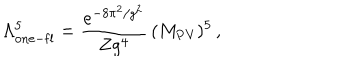
\Lambda _ { \mathrm { o n e - f l } } ^ { 5 } = \frac { e ^ { - 8 \pi ^ { 2 } / g ^ { 2 } } } { Z g ^ { 4 } } \, ( M _ { \mathrm { P V } } ) ^ { 5 } \, ,